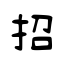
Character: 招